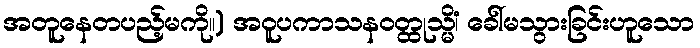
အတူနေတပည့်မကို။) အဝူပကာသနဝတ္ထုသ္မိံ၊ ခေါ်မသွားခြင်းဟူသော